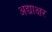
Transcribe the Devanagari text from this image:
अद्याक्षर